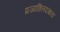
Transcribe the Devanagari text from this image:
प्रजाहितदक्षता